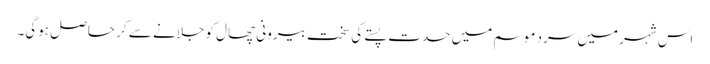
اس شہر میں سرد موسم میں حدت پستے کی سخت بیرونی چھال کو جلانے سے کر حاصل ہوگی۔